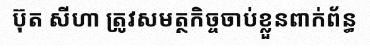
ប៊ុត សីហា ត្រូវសមត្ថកិច្ចចាប់ខ្លួនពាក់ព័ន្ធ